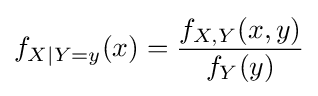
f_{X\vert Y=y}(x)={\frac {f_{X,Y}(x,y)}{f_{Y}(y)}}